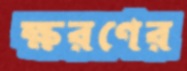
ক্ষরণের